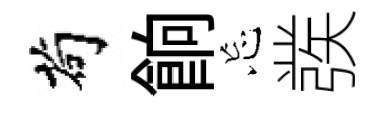
茍餉忘彂